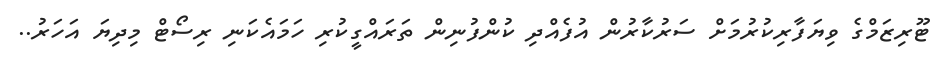
ޓޫރިޒަމްގެ ވިޔަފާރިކުރުމަށް ސަރުކާރުން އުފެއްދި ކުންފުނިން ތަރައްގީކުރި ހަމައެކަނި ރިސޯޓް މިދިޔަ އަހަރު..